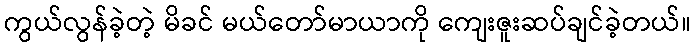
ကွယ်လွန်ခဲ့တဲ့ မိခင် မယ်တော်မာယာကို ကျေးဇူးဆပ်ချင်ခဲ့တယ်။